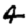
Digit: 4